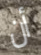
أن